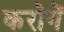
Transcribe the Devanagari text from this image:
करोगें